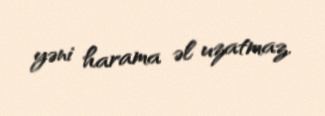
yəni harama əl uzatmaz.